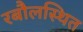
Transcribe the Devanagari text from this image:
रबौलस्थित